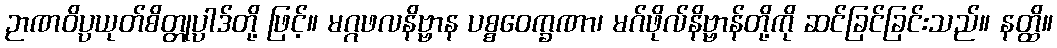
ဉာဏဝိပ္ပယုတ်စိတ္တုပ္ပါဒ်တို့ ဖြင့်။ မဂ္ဂဖလနိဗ္ဗာန ပစ္စဝေက္ခဏာ၊ မဂ်ဖိုလ်နိဗ္ဗာန်တို့ကို ဆင်ခြင်ခြင်းသည်။ နတ္ထိ။